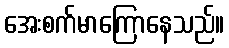
အေးစက်မာကြောနေသည်။